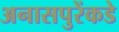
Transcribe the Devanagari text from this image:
अनासपुरेंकडे